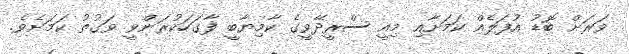
ވަރަށް ބޮޑު އުފަލެއް ކަމަށާއި މިއީ ސްރީދޭވީގެ ކާމިޔާބީ ފާގަހަކުރަންވީ ވަގުތު ކަމަށެވެ.